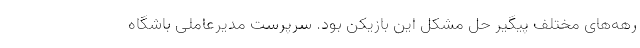
رهه‌های مختلف پیگیر حل مشکل این بازیکن بود. سرپرست مدیرعاملی باشگاه